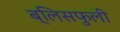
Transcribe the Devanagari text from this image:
ब्लिसफुली